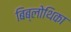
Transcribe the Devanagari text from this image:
बिब्लोथिका